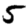
Digit: 5